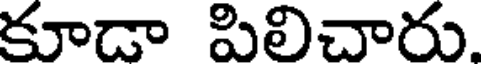
కూడా పిలిచారు.